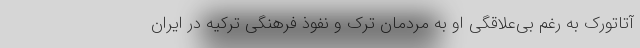
آتاتورک به رغم بی‌علاقگی او به مردمان ترک و نفوذ فرهنگی ترکیه در ایران